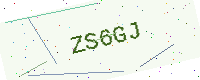
Text: ZS6GJ